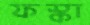
ফস্কা